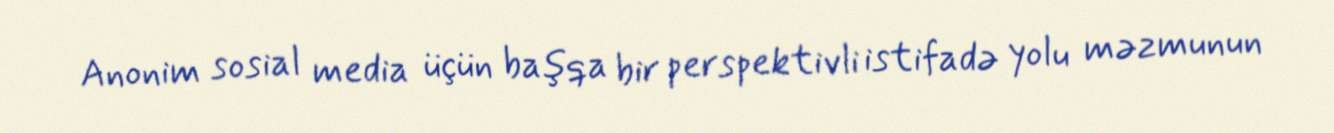
Anonim sosial media üçün başqa bir perspektivli istifadə yolu məzmunun